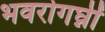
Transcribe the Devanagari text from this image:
भवरोगघ्नीं